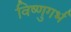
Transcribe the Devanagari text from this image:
विष्णुगर्भ